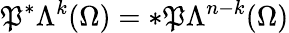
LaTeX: \mathfrak{P}^{\ast}\Lambda^{k}(\Omega)=\ast\mathfrak{P}\Lambda^{n-k}(\Omega)